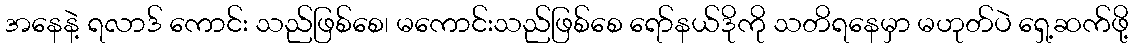
အနေနဲ့ ရလာဒ် ကောင်း သည်ဖြစ်စေ၊ မကောင်းသည်ဖြစ်စေ ရော်နယ်ဒိုကို သတိရနေမှာ မဟုတ်ပဲ ရှေ့ဆက်ဖို့